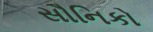
સૌનિકો